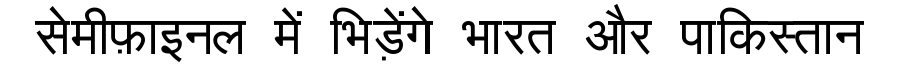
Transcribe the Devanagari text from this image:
सेमीफ़ाइनल में भिड़ेंगे भारत और पाकिस्तान